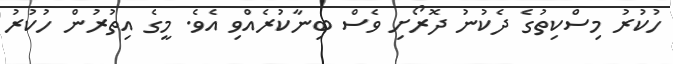
ހުކުރު މިސްކިތުގެ ދެކުނު ދޮރޯށި ވެސް ބިނާކުރެއްވި އެވެ. މީގެ އިތުރުން ހުކުރު